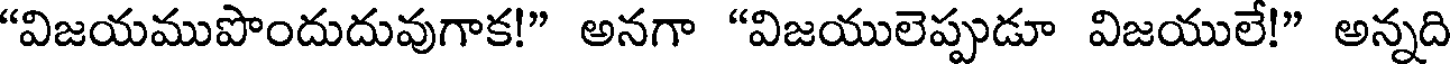
"విజయముపొందుదువుగాక!" అనగా "విజయులెప్పుడూ విజయులే!" అన్నది